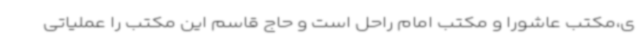
ی،مکتب عاشورا و مکتب امام راحل است و حاج قاسم این مکتب را عملیاتی